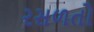
રસળતો